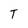
Character: T